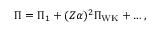
\Pi = \Pi _ { 1 } + ( Z \alpha ) ^ { 2 } \Pi _ { \mathrm { W K } } + \ldots ,